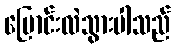
ပြောင်းလဲသွားပါသည်